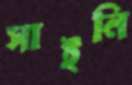
সাইনি